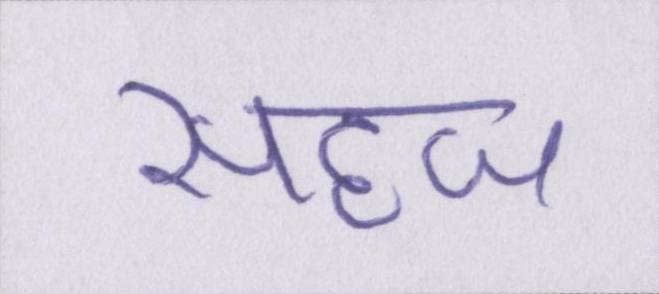
सहज